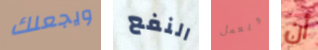
ويجعلك النفع ويعمل أن